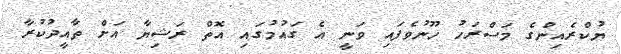
ޔުކްރެއިންގެ މަސްރަހު ހޫނުވެފައި ވަނީ އެ ގައުމުގައި އޮތް ރަޝިޔާ އަށް ތާއީދުކުރާ